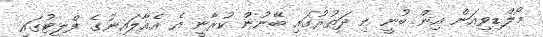
މޯލްޑިވިއަން އިން ބުނީ މި ދަތުރުގައި ބޭނުން ކުރާނީ އެ އެއާލައިނުގެ ފްލީޓުގައި